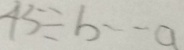
4 5 \div b \cdots a